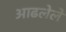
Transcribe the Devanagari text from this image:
आढलेले